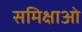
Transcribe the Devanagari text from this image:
समिक्षाओ